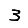
Digit: 3